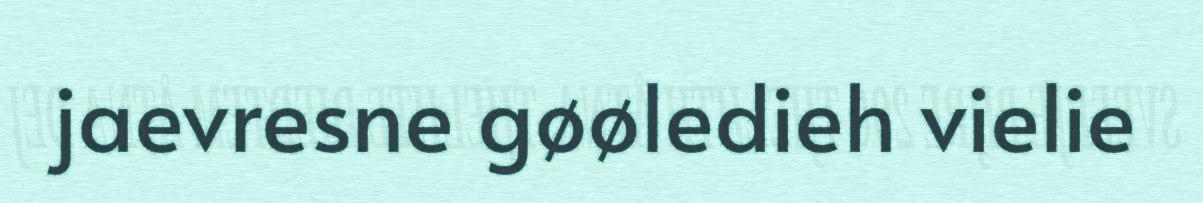
jaevresne gøøledieh vielie